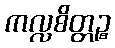
ကလ္လစိတ္တဉ္စ